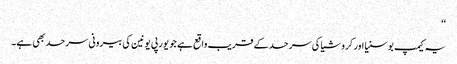
‘‘
یہ کیمپ بوسنیا اور کروشیا کی سرحد کے قریب واقع ہے جو یورپی یونین کی بیرونی سرحد بھی ہے۔